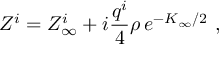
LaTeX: Z ^ { i } = Z _ { \infty } ^ { i } + i { \frac { q ^ { i } } { 4 } } \rho \, e ^ { - K _ { \infty } / 2 } \ ,